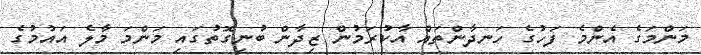
މަންމަގެ އެންމެ ފަހުގެ ހަނދާންތައް އާކުރަމުން ޒިދާން ބުނިގޮތުގައި މަންމަ މާލެ އައުމުގެ